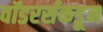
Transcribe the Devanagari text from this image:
वॉडरर्सकडून